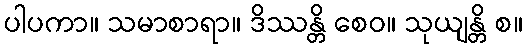
ပါပကာ။ သမာစာရာ။ ဒိဿန္တိ စေဝ။ သုယျန္တိ စ။